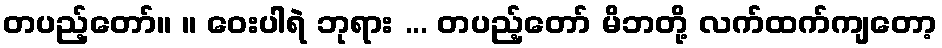
တပည့်တော်။ ။ ဝေးပါရဲ ဘုရား ... တပည့်တော် မိဘတို့ လက်ထက်ကျတော့